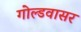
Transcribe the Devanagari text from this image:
गोल्डवासर